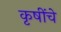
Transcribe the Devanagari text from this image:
कृषींचे